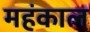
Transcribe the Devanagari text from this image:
महंकाल